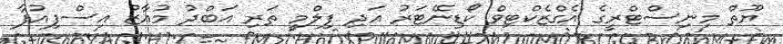
ޔޫތް މިނިސްޓްރީގެ އެގްޒެކްޓިވް ކޯޑިނޭޓަރު އަދި ފިލްމީ ތަރި އަބްދު މުއާޒު އިސްފިއުފާ